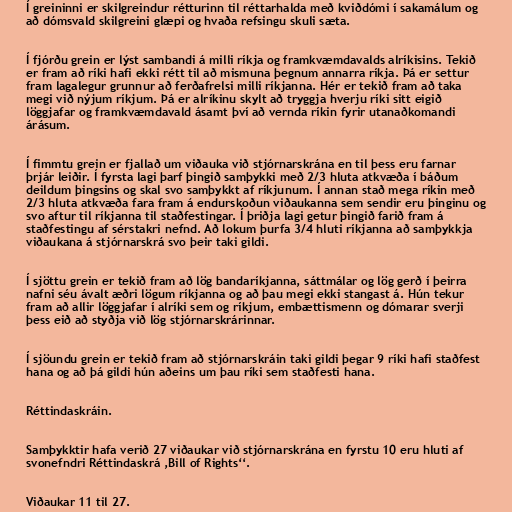
Í greininni er skilgreindur rétturinn til réttarhalda með kviðdómi í sakamálum og
að dómsvald skilgreini glæpi og hvaða refsingu skuli sæta.

Í fjórðu grein er lýst sambandi á milli ríkja og framkvæmdavalds alríkisins. Tekið
er fram að ríki hafi ekki rétt til að mismuna þegnum annarra ríkja. Þá er settur
fram lagalegur grunnur að ferðafrelsi milli ríkjanna. Hér er tekið fram að taka
megi við nýjum ríkjum. Þá er alríkinu skylt að tryggja hverju ríki sitt eigið
löggjafar og framkvæmdavald ásamt því að vernda ríkin fyrir utanaðkomandi
árásum.

Í fimmtu grein er fjallað um viðauka við stjórnarskrána en til þess eru farnar
þrjár leiðir. Í fyrsta lagi þarf þingið samþykki með 2/3 hluta atkvæða í báðum
deildum þingsins og skal svo samþykkt af ríkjunum. Í annan stað mega ríkin með
2/3 hluta atkvæða fara fram á endurskoðun viðaukanna sem sendir eru þinginu og
svo aftur til ríkjanna til staðfestingar. Í þriðja lagi getur þingið farið fram á
staðfestingu af sérstakri nefnd. Að lokum þurfa 3/4 hluti ríkjanna að samþykkja
viðaukana á stjórnarskrá svo þeir taki gildi.

Í sjöttu grein er tekið fram að lög bandaríkjanna, sáttmálar og lög gerð í þeirra
nafni séu ávalt æðri lögum ríkjanna og að þau megi ekki stangast á. Hún tekur
fram að allir löggjafar í alríki sem og ríkjum, embættismenn og dómarar sverji
þess eið að styðja við lög stjórnarskrárinnar.

Í sjöundu grein er tekið fram að stjórnarskráin taki gildi þegar 9 ríki hafi staðfest
hana og að þá gildi hún aðeins um þau ríki sem staðfesti hana.

Réttindaskráin.

Samþykktir hafa verið 27 viðaukar við stjórnarskrána en fyrstu 10 eru hluti af
svonefndri Réttindaskrá ,Bill of Rights‘‘.

Viðaukar 11 til 27.